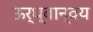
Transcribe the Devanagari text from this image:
ऊर्ध्वान्वय